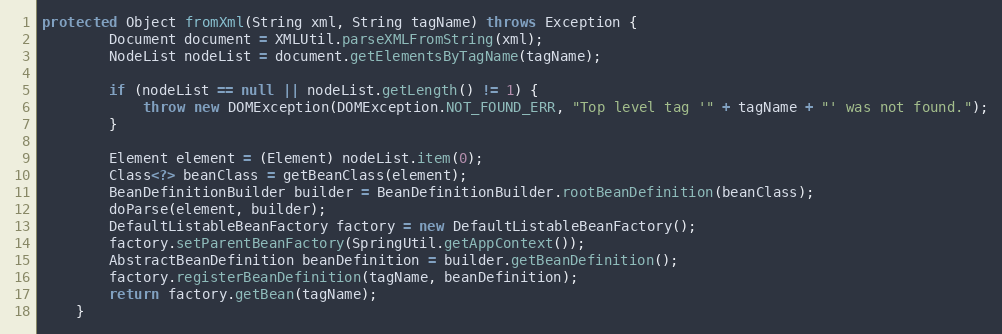
Language: Java
protected Object fromXml(String xml, String tagName) throws Exception {
        Document document = XMLUtil.parseXMLFromString(xml);
        NodeList nodeList = document.getElementsByTagName(tagName);

        if (nodeList == null || nodeList.getLength() != 1) {
            throw new DOMException(DOMException.NOT_FOUND_ERR, "Top level tag '" + tagName + "' was not found.");
        }

        Element element = (Element) nodeList.item(0);
        Class<?> beanClass = getBeanClass(element);
        BeanDefinitionBuilder builder = BeanDefinitionBuilder.rootBeanDefinition(beanClass);
        doParse(element, builder);
        DefaultListableBeanFactory factory = new DefaultListableBeanFactory();
        factory.setParentBeanFactory(SpringUtil.getAppContext());
        AbstractBeanDefinition beanDefinition = builder.getBeanDefinition();
        factory.registerBeanDefinition(tagName, beanDefinition);
        return factory.getBean(tagName);
    }